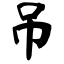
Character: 吊